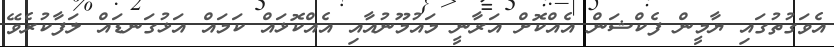
އެވަގުތުގައި ޔާމީން ފެކްޝަން އެއްކޮށް އަރާނީ މައުމޫނުއާއި އެއްކޮޅައް ކަމައް އަޅުގަނޑައް ލަފާކުރެވޭ